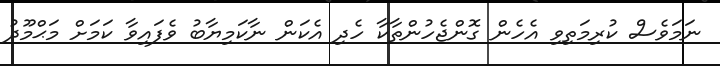
ނަމަވެސް ކުރިމަތިވި އެހެން ގޮންޖެހުންތާކާ ހެދި އެކަން ނާކަމިޔާބު ވެފައިވާ ކަމަށް މަޙްމޫދު